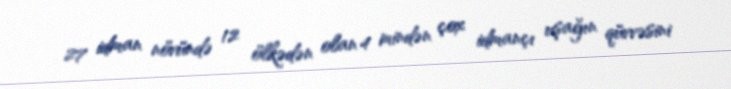
27 idman növündə 12 ölkədən olan 4 mindən çox idmançı uşağın qüvvəsini